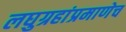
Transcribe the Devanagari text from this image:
लघुग्रहांप्रमाणेच